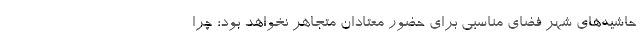
حاشیه‌های شهر فضای مناسبی برای حضور معتادان متجاهر نخواهد بود؛ چرا